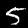
Label: 5